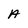
Character: A